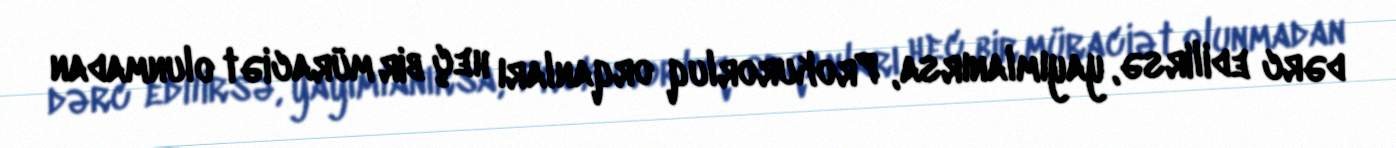
dərc edilirsə, yayımlanırsa, Prokurorluq orqanları heç bir müraciət olunmadan